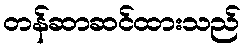
တန်ဆာဆင်ထားသည်